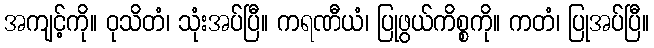
အကျင့်ကို။ ဝုသိတံ၊ သုံးအပ်ပြီ။ ကရဏီယံ၊ ပြုဖွယ်ကိစ္စကို။ ကတံ၊ ပြုအပ်ပြီ။